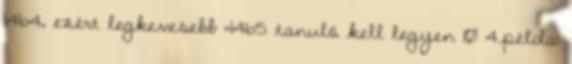
1464, ezért legkevesebb =1465 tanuló kell legyen 10 4.példa: